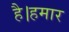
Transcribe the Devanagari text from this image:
है।हमार